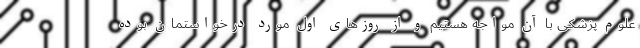
علوم پزشکی با آن مواجه هستیم و از روزهای اول مورد درخواستمان بوده